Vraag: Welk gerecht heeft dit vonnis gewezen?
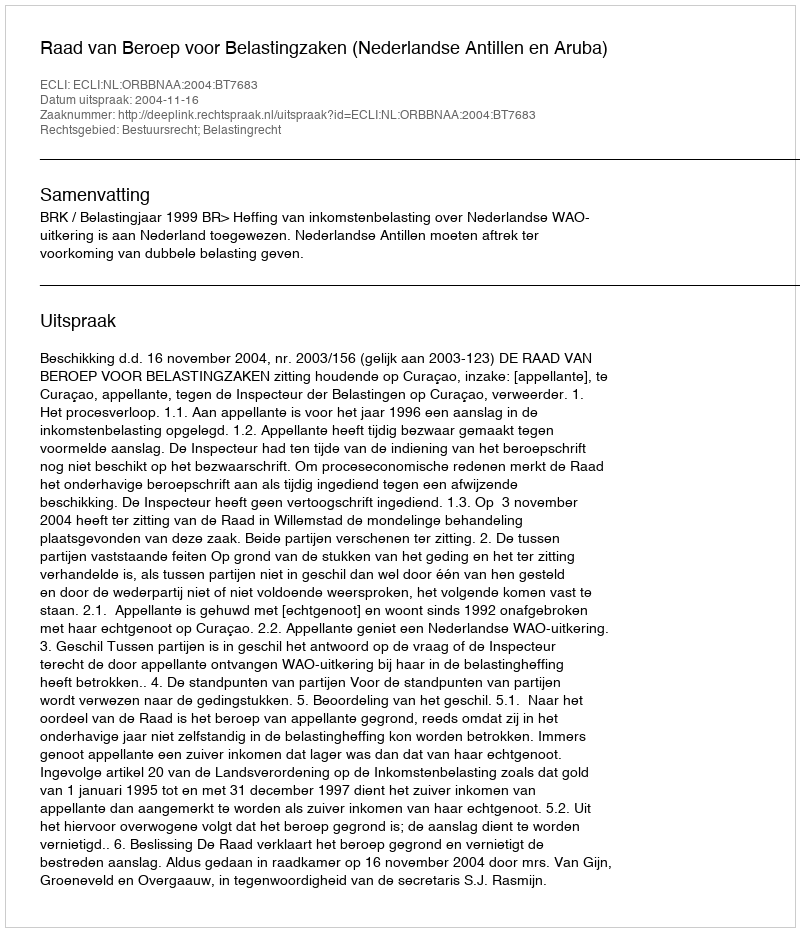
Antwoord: Raad van Beroep voor Belastingzaken (Nederlandse Antillen en Aruba)